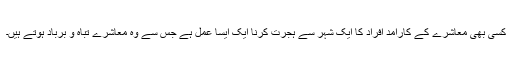
کسی بھی معاشرے کے کارآمد افراد کا ایک شہر سے ہجرت کرنا ایک ایسا عمل ہے جس سے وہ معاشرے تباہ و برباد ہوتے ہیں۔